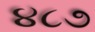
૪૮૭